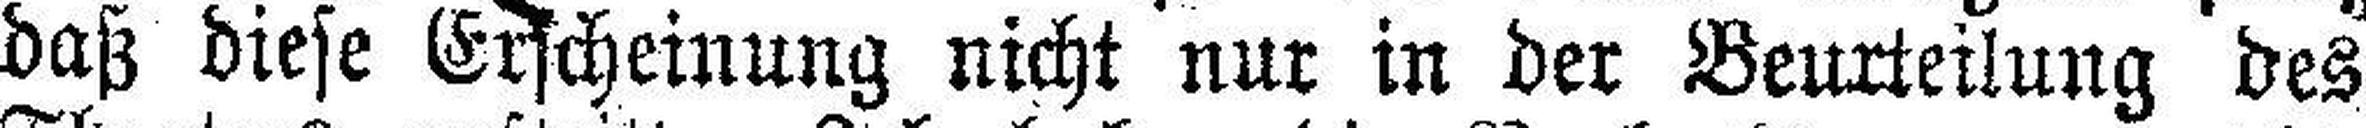
daß diese Erscheinung nicht nur in der Beurteilung des